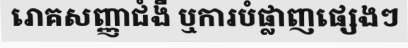
រោគសញ្ញាជំងឺ ឬការបំផ្លាញផ្សេងៗ